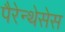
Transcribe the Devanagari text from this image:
पैरेन्थेसेस